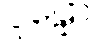
ဝူဠှော